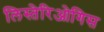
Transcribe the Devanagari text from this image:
लिस्तेरिओगिस